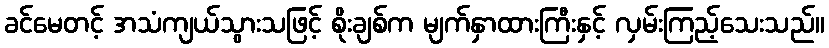
ခင်မေတင့် အသံကျယ်သွားသဖြင့် စိုးချစ်က မျက်နှာထားကြီးနှင့် လှမ်းကြည့်သေးသည်။